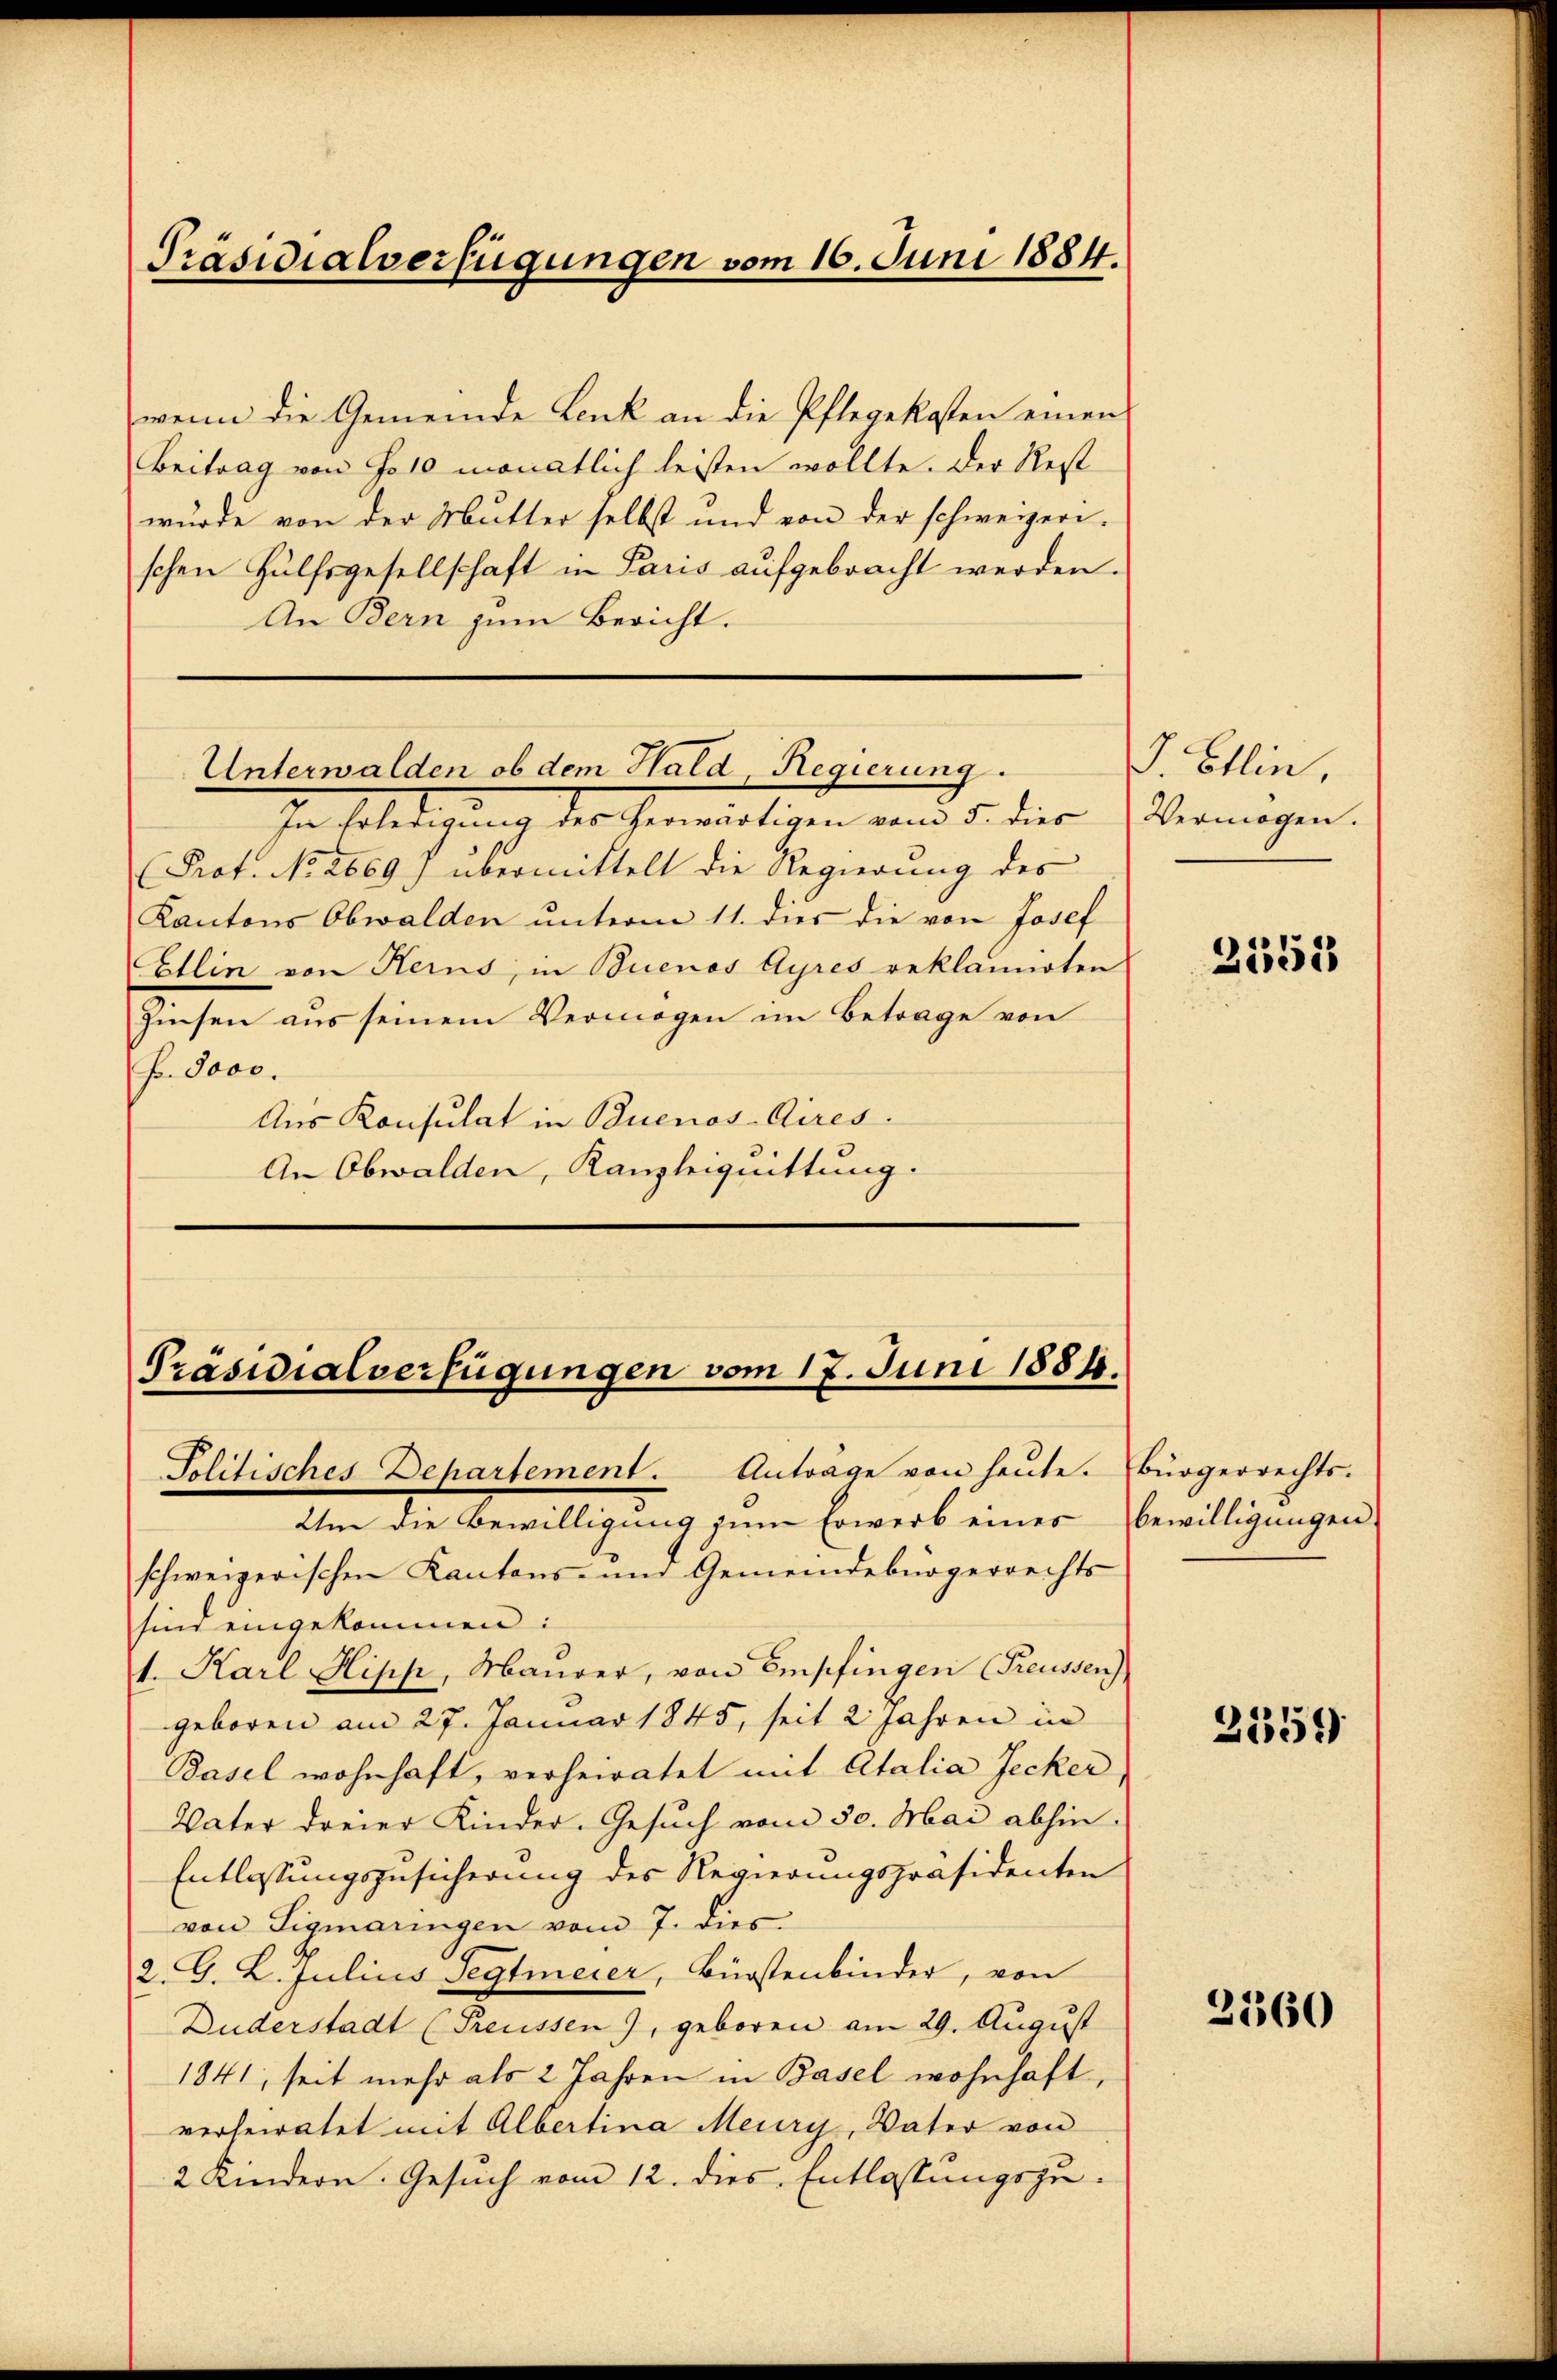
Präsidialverfügungen vom 16. Juni 1884.

wenn die Gemeinde Lenk an die Pflegekosten einen
Beitrag von Folo monatlich leisten wollte. Der Rest
wurde von der Mutter selbst und von der schweizer.
schen Hülfsgesellschaft in Paris aufgebracht werden.
An Bern zum Bericht.

Unterwalden ob dem Huld, Regierung.

In solidigung derchenwärtigen vom 5. dies
Prof. No 2669) übermittelt die Regierung des
Kantons Obwalden unterm 11. dies die von Josef
Etlin von Herns, in Buenos Ayres beklannoten
Zinsen aus seinem Vermögen im Betrage von
Fr. 5000.
Aus Konsulat in Buenos-Aires.
An Obwalden, Kanzleiquittung.

Präsidialverfügungen vom 17. Juni 1884.
Politisches Departement. Anträge von heute. Ebürgerrechts-

Um die Bewilligung zum Erwerb eines
schweizerischen Kantons- und Gemeindebürgerrechts-
sind eingekommen:
1. Karl Hipp, Maurer, von Empfingen (Preussen)
geboren am 27. Januar 1845, seit 2 Jahren in
Basel wohnhaft, verheiratet mit Atalia Jecker,
Vater dreier Kinder. Gesuch vom 30. Mai abhin.
Entlassungszusicherung des Regierungspräsidenten
von Tigmaringen vom 7. dies
2. G. L. Julius Segtmeier, Bürstenbinder, von
Duderstadt (Preussen), geboren am 29. August
1841, seit mehr als 2 Jahren in Basel wohnhaft,
verheiratet mit Albertina Meury, Vater von
2 Kindern. Gesuch vom 12. dies Entlassungszu-

J. Ellin,
Vermögen.

2555

bewilligungen.

2359

2360